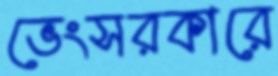
ভেংসরকারে